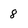
Character: 8